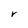
Character: V